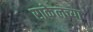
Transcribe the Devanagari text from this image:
राकेलच्या